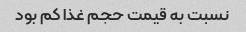
نسبت به قیمت حجم غذا کم بود